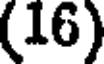
(16)